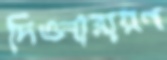
দিওনারায়ণ